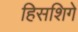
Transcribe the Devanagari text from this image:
हिसशिगे